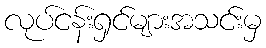
လုပ်ငန်းရှင်များအသင်းမှ